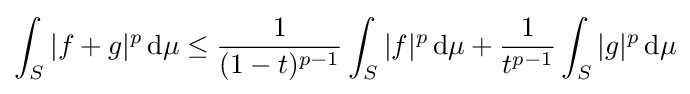
\int _{S}|f+g|^{p}\,\mathrm {d} \mu \leq {\frac {1}{(1-t)^{p-1}}}\int _{S}|f|^{p}\,\mathrm {d} \mu +{\frac {1}{t^{p-1}}}\int _{S}|g|^{p}\,\mathrm {d} \mu